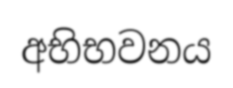
අභිභවනය